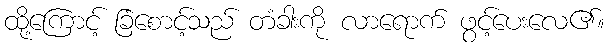
ထို့ကြောင့် ခြံစောင့်သည် တံခါးကို လာရောက် ဖွင့်ပေးလေ၏။